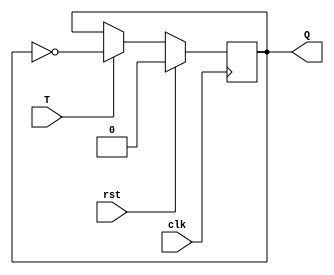
`timescale 1ns / 1ps
//////////////////////////////////////////////////////////////////////////////////
// Company: 
// Engineer: 
// 
// Design Name: 
// Module Name:    TQ 
// Project Name: 
// Target Devices: 
// Tool versions: 
// Description: 
//
// Dependencies: 
//
// Revision: 
// Revision 0.01 - File Created
// Additional Comments: 
//
//////////////////////////////////////////////////////////////////////////////////
module TQ
(
	input clk,
	input rst,
	input T,
	output reg Q
);

always @(posedge clk) begin
	if (rst)	Q <= 0;
	else if (T)	Q <= ~Q;
end

endmodule